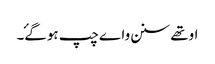
اوتھے سنن واے چپ ہوگۓ۔